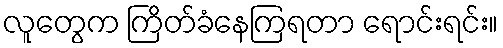
လူတွေက ကြိတ်ခံနေကြရတာ ရောင်းရင်း။